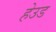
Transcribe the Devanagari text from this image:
हेउड